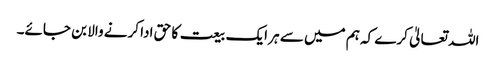
اللہ تعالیٰ کرے کہ ہم میں سے ہر ایک بیعت کا حق ادا کرنے والا بن جائے۔